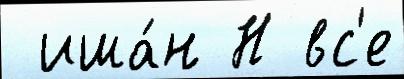
 иша́н Н вс'е